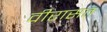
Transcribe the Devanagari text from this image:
वीरासत